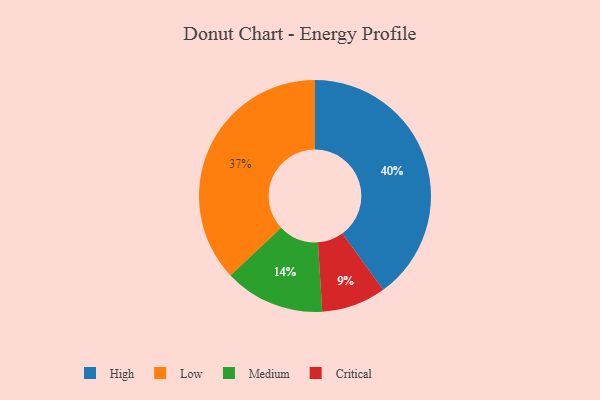
{"axis": {"x": "Category", "y": "Percentage"}, "legend": ["Critical", "High", "Low", "Medium"], "data": [{"x": "Low", "y": 37, "type": "Low"}, {"x": "Critical", "y": 9, "type": "Critical"}, {"x": "High", "y": 40, "type": "High"}, {"x": "Medium", "y": 14, "type": "Medium"}]}